King Institute of Preventive Medicine Micro-Biological Section reports 1912-19
Year: 1912
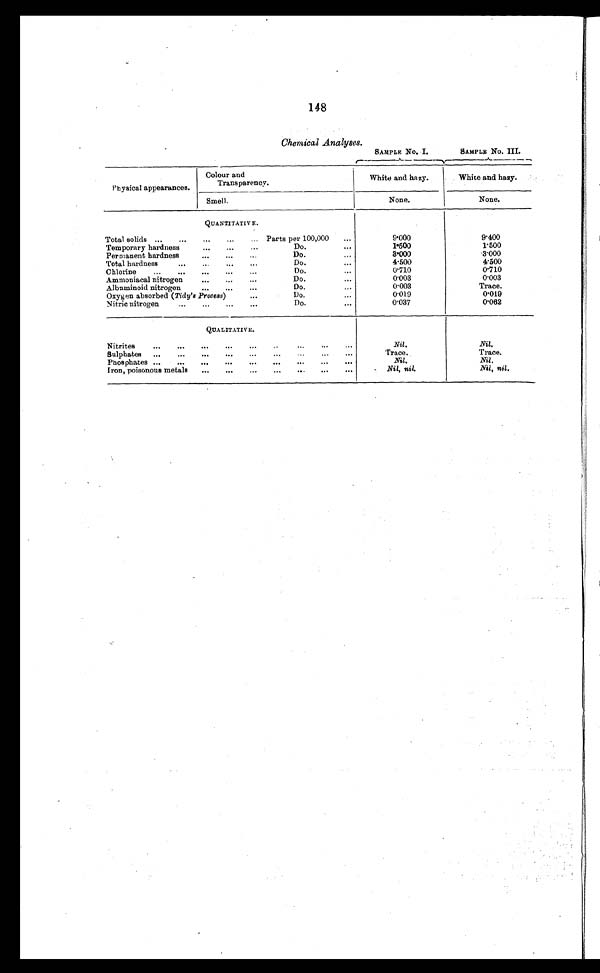
148
Chemical Analyses.
SAMPLE NO. I.
SAMPLE No. III.
Physical appearances.
Colour and
Transparency.
White and hazy.
White and hazy.
Smell.
None.
None.
QUANTITATIVE.
Total solids ...
...
...
...
... Parts per 100,000
...
9.000
9.400
Temporary hardness
...
...
...
Do.
...
1.500
1.500
Permanent hardness
...
...
...
Do....
3.000
3.000
Total hardness
...
...
...
...
Do.
...
4.500
4.500
Chlorine
...
...
...
...
...
Do.
0.710
0.710
Ammoniacal nitrogen
...
...
...
Do....
0.003
0.003
Albuminoid nitrogen
...
...
...
Do....
0.003
Trace.
Oxygen absorbed (Tidy's Process)
...
Do....
0 . 0 1 9
0.019
Nitric nitrogen
...
...
...
...
Do.
...
0.037
0.062
QUALITATIVE.
Nitrites
...
...
...
...
...
. . .
Nil.
Nil.
Sulphates ...
...
...
...
...
...
...
. . .
Trace.
Trace.
Phosphates ...
...
...
...
...
...
...
. . .
Nil.
Nil.
Iron, poisonous metals
...
...
... ...
...
...
. . .
Nil, nil.
N i l , n i l .